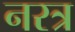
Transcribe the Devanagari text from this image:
नरत्र